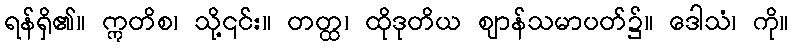
ရန်ရှိ၏။ ဣတိစ၊ သို့၎င်း။ တတ္ထ၊ ထိုဒုတိယ ဈာန်သမာပတ်၌။ ဒေါသံ၊ ကို။